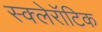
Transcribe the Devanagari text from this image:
स्क्लेरॉटिक